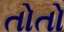
તોતો